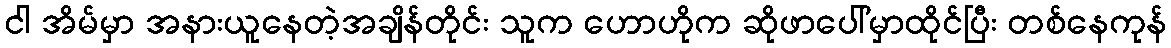
ငါ အိမ်မှာ အနားယူနေတဲ့အချိန်တိုင်း သူက ဟောဟိုက ဆိုဖာပေါ်မှာထိုင်ပြီး တစ်နေကုန်